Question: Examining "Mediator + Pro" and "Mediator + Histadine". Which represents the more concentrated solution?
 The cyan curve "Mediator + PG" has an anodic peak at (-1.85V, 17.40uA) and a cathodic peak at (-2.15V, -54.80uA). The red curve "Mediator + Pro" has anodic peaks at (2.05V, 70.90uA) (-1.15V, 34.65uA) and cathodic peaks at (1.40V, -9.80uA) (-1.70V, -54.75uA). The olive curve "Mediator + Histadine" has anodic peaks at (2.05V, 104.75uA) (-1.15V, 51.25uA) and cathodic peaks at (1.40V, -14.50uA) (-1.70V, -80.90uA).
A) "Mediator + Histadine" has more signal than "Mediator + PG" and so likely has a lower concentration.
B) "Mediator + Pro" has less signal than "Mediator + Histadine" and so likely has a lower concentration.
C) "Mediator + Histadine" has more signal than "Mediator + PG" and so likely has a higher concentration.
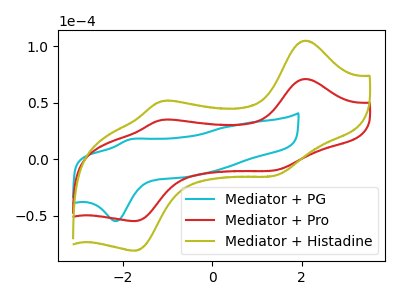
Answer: <think>All the peaks in "Mediator + Pro" have a peak in "Mediator + Histadine" at the same potential. Every peak in "Mediator + Pro" is lower than every peak in "Mediator + Histadine".
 </think>
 <answer>B) "Mediator + Pro" has less signal than "Mediator + Histadine" and so likely has a lower concentration.</answer>
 <eval>B</eval>